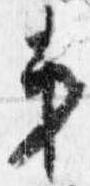
第